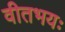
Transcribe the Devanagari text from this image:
वीतभयः